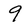
Character: 9